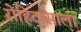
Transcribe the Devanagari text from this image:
रोहिदासाला